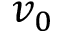
v _ { 0 }